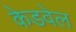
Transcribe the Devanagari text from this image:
केडवेल